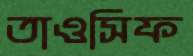
তাওসিফ